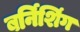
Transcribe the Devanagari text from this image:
बर्निशिंग